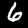
Digit: 6